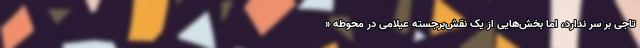
تاجی بر سر ندارد، اما بخش‌هایی از یک نقش‌برجسته عیلامی در محوطه «